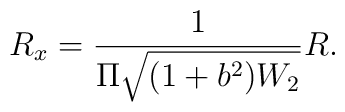
R_x = \frac{1}{\Pi \sqrt{(1 + b^2) W_2}} R.